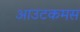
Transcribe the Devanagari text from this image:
आउटकमस